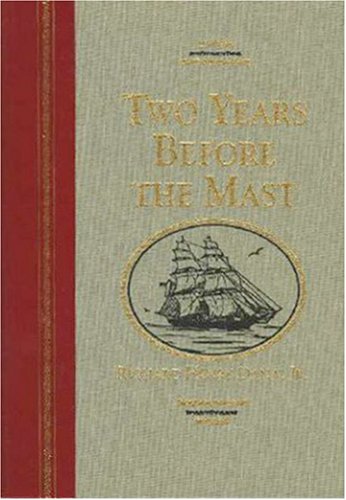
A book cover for Two Years Before The Mast: A Personal Narrative Of Life At Sea (TheWorld's Best Readinng); Richard Henry Dana Jr.; Travel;